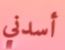
أسدني